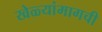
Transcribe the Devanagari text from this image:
खेळ्यांमागची